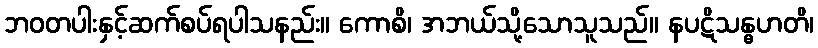
ဘဝတပါးနှင့်ဆက်စပ်ရပါသနည်း။ ကောစိ၊ အဘယ်သို့သောသူသည်။ နပဋိသန္ဓဟတိ၊